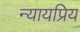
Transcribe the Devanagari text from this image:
न्‍यायप्रिय